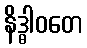
နိဒ္ဓါဝတေ